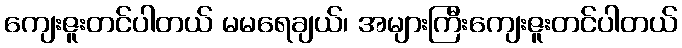
ကျေးဇူးတင်ပါတယ် မမရေချယ်၊ အများကြီးကျေးဇူးတင်ပါတယ်